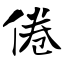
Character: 倦